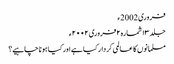
فروری 2002ء
جلد ۱۳ شمارہ۲ فروری ۲۰۰۲ء
مسلمانوں کا عالمی کردار کیا ہے اور کیا ہونا چاہیے؟